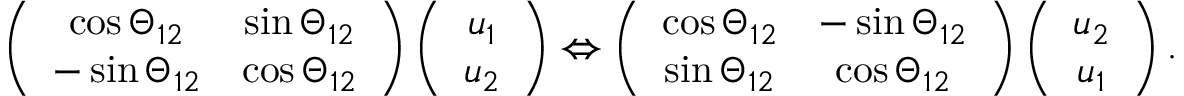
\begin{array} { r } { \left( \begin{array} { c c } { \cos \Theta _ { 1 2 } } & { \sin \Theta _ { 1 2 } } \\ { - \sin \Theta _ { 1 2 } } & { \cos \Theta _ { 1 2 } } \end{array} \right) \left( \begin{array} { c } { u _ { 1 } } \\ { u _ { 2 } } \end{array} \right) \Leftrightarrow \left( \begin{array} { c c } { \cos \Theta _ { 1 2 } } & { - \sin \Theta _ { 1 2 } } \\ { \sin \Theta _ { 1 2 } } & { \cos \Theta _ { 1 2 } } \end{array} \right) \left( \begin{array} { c } { u _ { 2 } } \\ { u _ { 1 } } \end{array} \right) . } \end{array}